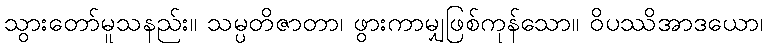
သွားတော်မူသနည်း။ သမ္ပတိဇာတာ၊ ဖွားကာမျှဖြစ်ကုန်သော။ ဝိပဿိအာဒယော၊